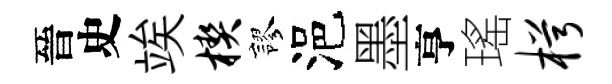
晉史竢楔謬浥墨亨瑤枵